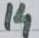
Text: 14